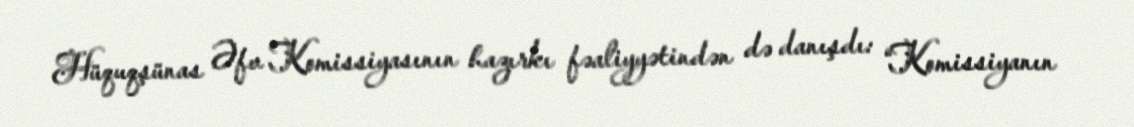
Hüquqşünas Əfv Komissiyasının hazırkı fəaliyyətindən də danışdı: “Komissiyanın